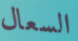
السعال